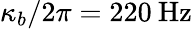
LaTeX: \kappa_{b}/2\pi=220\mathrm{\: Hz}